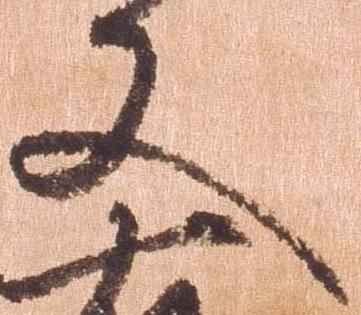
又